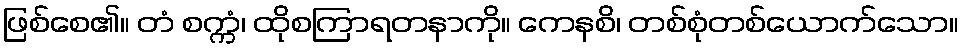
ဖြစ်စေ၏။ တံ စက္ကံ၊ ထိုစကြာရတနာကို။ ကေနစိ၊ တစ်စုံတစ်ယောက်သော။